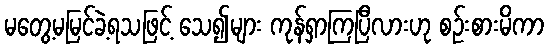
မတွေ့မမြင်ခဲ့ရသဖြင့် သေ၍များ ကုန်ရှာကြပြီလားဟု စဉ်းစားမိကာ